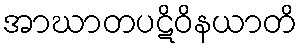
အာဃာတပဋိဝိနယာတိ